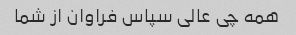
همه چی عالی سپاس فراوان از شما